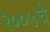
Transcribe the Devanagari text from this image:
२००७चे